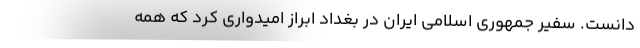
دانست. سفیر جمهوری اسلامی ایران در بغداد ابراز امیدواری کرد که همه